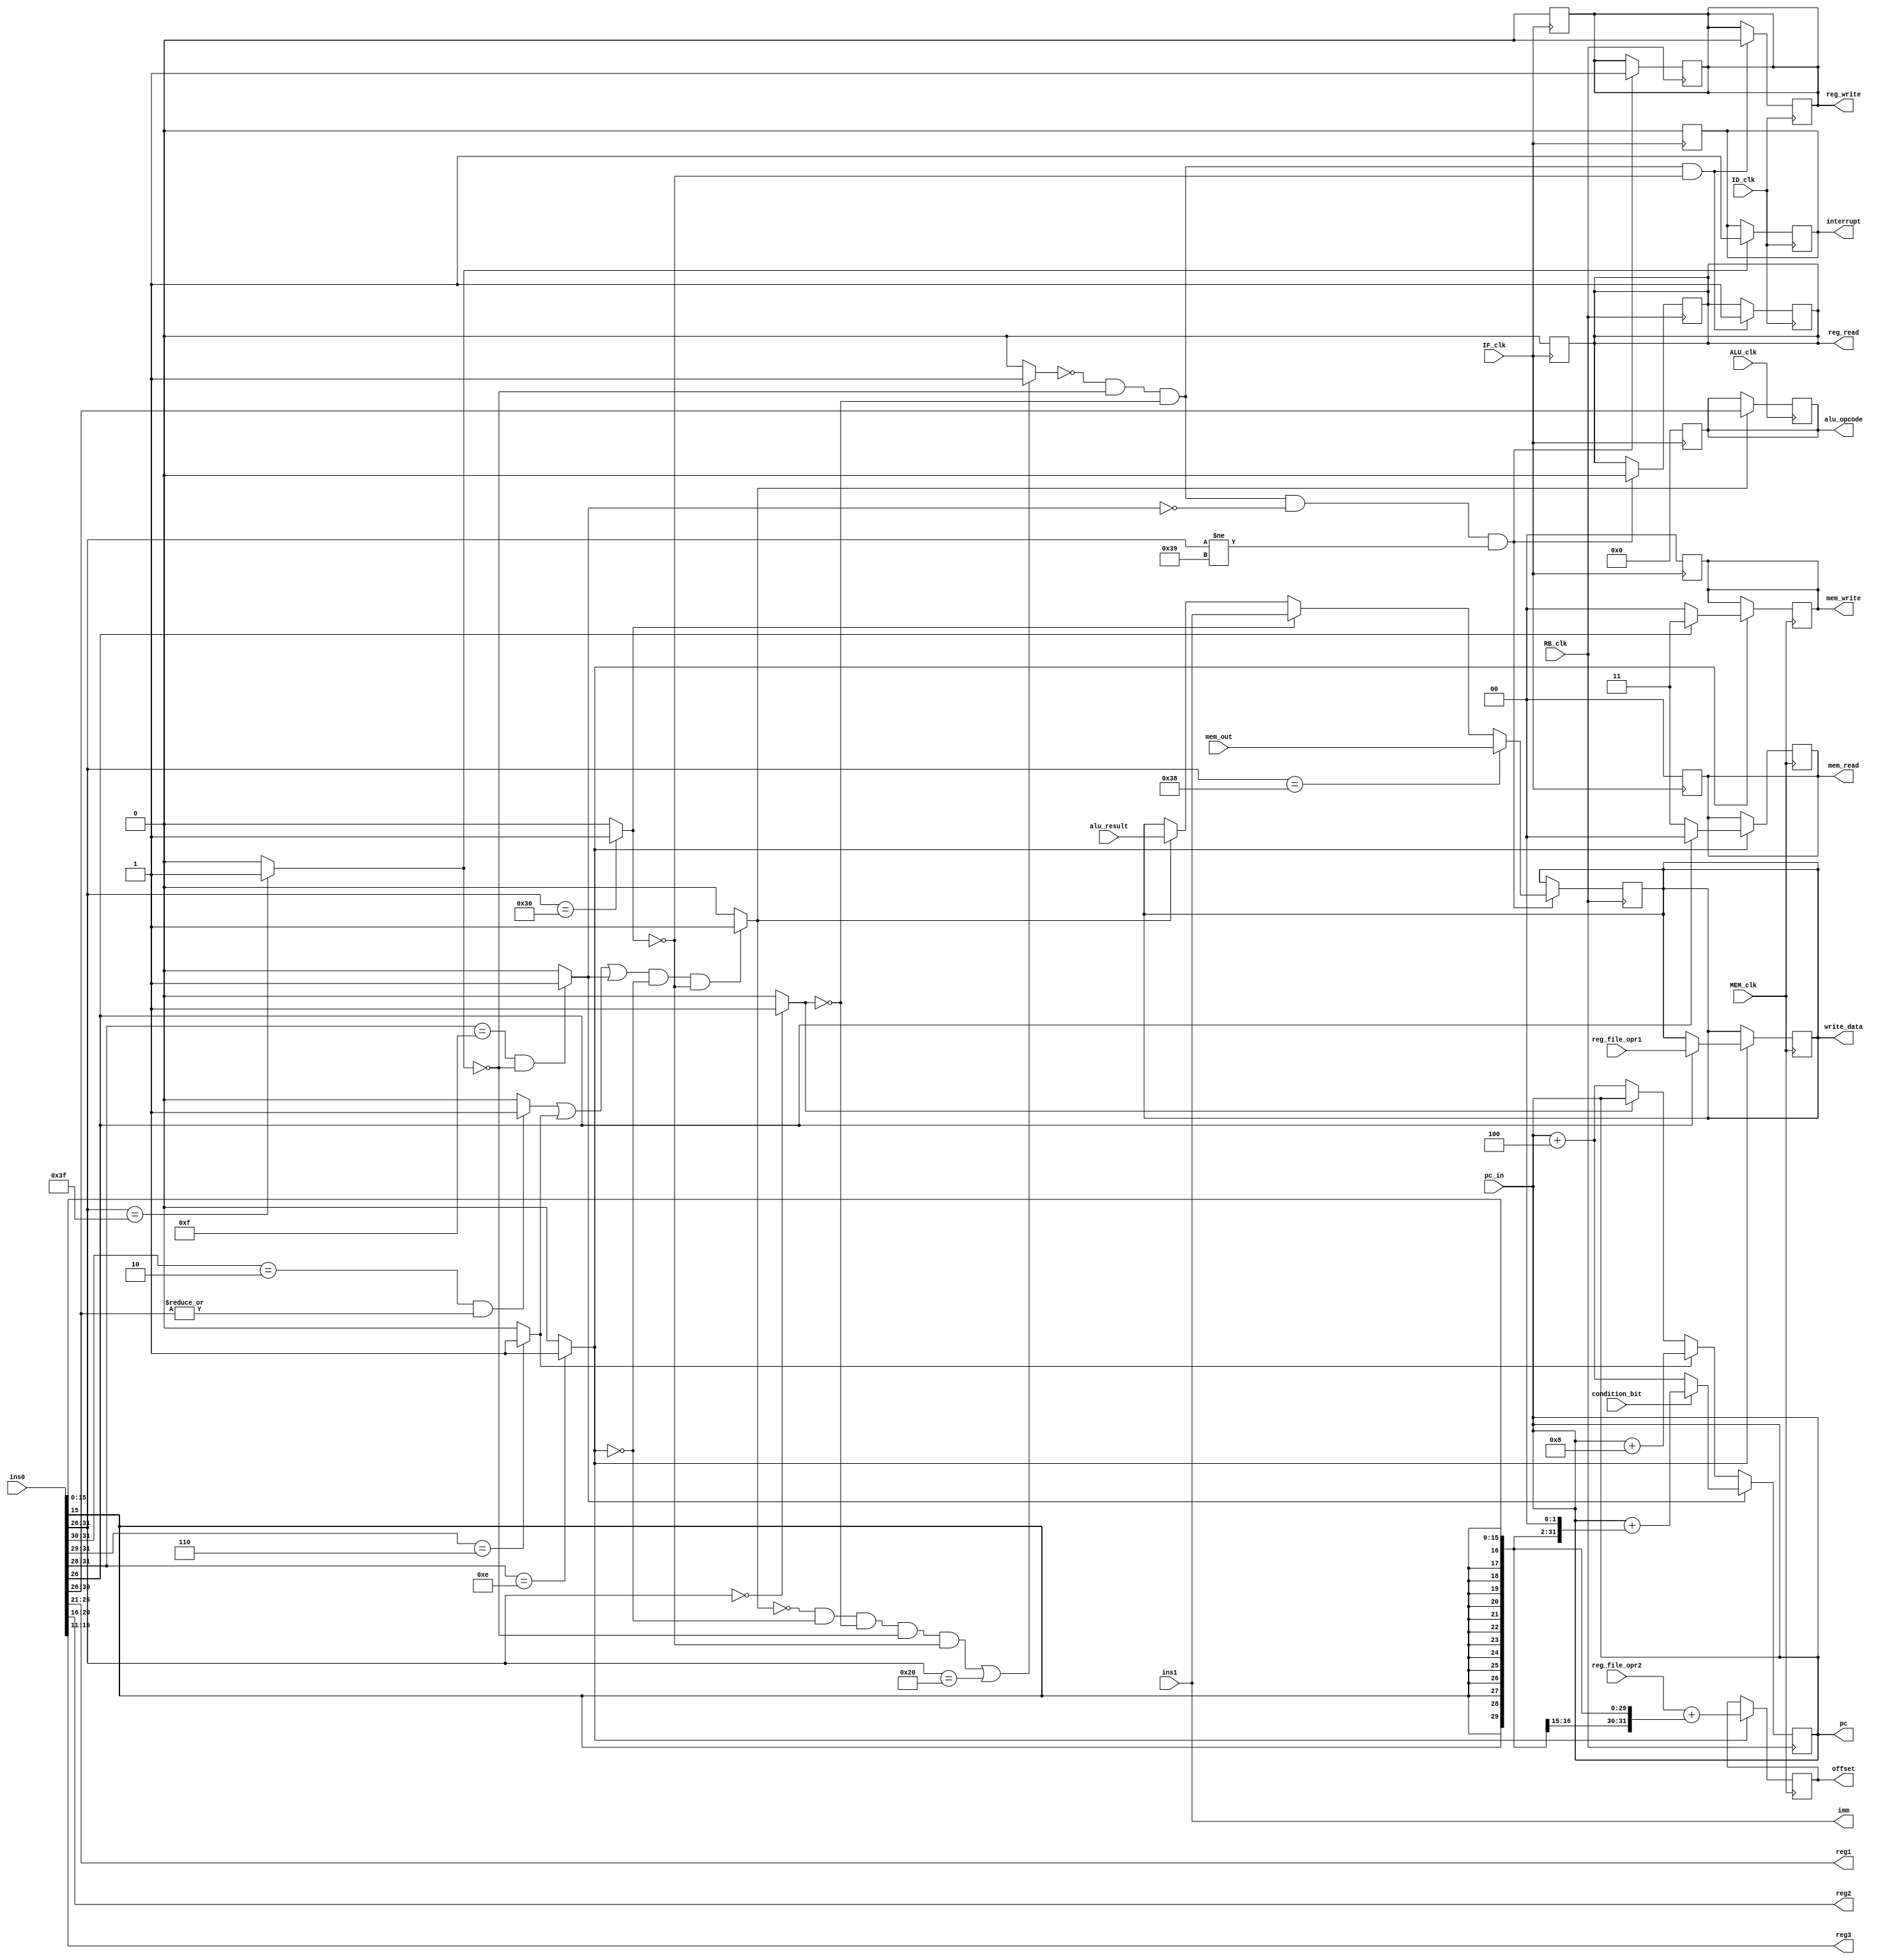
module fpu_CU (interrupt, pc, ins0, ins1, alu_result, condition_bit, mem_out, reg_file_opr1, reg_file_opr2, pc_in, offset, mem_read, mem_write, alu_opcode, reg1, reg2, reg3, reg_read, reg_write, write_data, IF_clk, ID_clk, ALU_clk, MEM_clk, RB_clk, imm);

  input condition_bit, IF_clk, ID_clk, ALU_clk, MEM_clk, RB_clk;
  input [31:0] ins0, ins1, alu_result, reg_file_opr1, reg_file_opr2, mem_out, pc_in;
  output reg_write, reg_read, interrupt;
  output [1:0] mem_write, mem_read;
  output [4:0] alu_opcode;
  output [4:0] reg1, reg2, reg3;
  output [31:0] write_data, offset, imm, pc;
  reg reg_write, reg_read, interrupt;
  reg [1:0] mem_write, mem_read;
  reg [31:0] write_data, offset, pc;
  reg [4:0] alu_opcode;

  // instruction decoding
  wire [5:0] opcode = ins0[31:26];
  wire [4:0] reg1 = ins0[25:21];
  wire [4:0] reg2 = ins0[20:16];
  wire [4:0] reg3 = ins0[15:11];
  wire [31:0] addr = {{16{ins0[15]}}, ins0[15:0]};
  assign imm = ins1;

  // conditions
  wire MFC = (opcode == 6'b111111) ? 1'b1 : 1'b0;
  wire HLT = (opcode == 6'b0) ? 1'b1 : 1'b0;
  wire REG = (opcode[5:4] == 2'b10 && (|opcode[4:0])) ? 1'b1 : 1'b0;
  wire IMM = (opcode[5:3] == 3'b110) ? 1'b1 : 1'b0;
  wire LOAD_IMM = (opcode == 6'b110000) ? 1'b1 : 1'b0;
  wire BRANCH = (opcode[5:2] == 4'b1111 && !MFC) ? 1'b1 : 1'b0;
  wire MEMORY = (opcode[5:2] == 4'b1110) ? 1'b1 : 1'b0;
  wire ALU = ((REG || IMM || BRANCH) && !MEMORY && !LOAD_IMM) ? 1'b1 : 1'b0;
  wire INVALID = (!ALU && !MEMORY && !HLT && !MFC && !LOAD_IMM || opcode == 6'b100000) ? 1'b1 : 1'b0;

  always @ (pc_in) begin
    pc = pc_in;
  end

  //test
  always @ (ins0 or ins1) begin
    $display($time, " opcode=%b reg1=%d reg2=%d reg3=%d addr=%d imm=%b", opcode, reg1, reg2, reg3, addr, imm);
  end

  always @ (posedge IF_clk) begin
    reg_write = 1'b0;
    reg_read = 1'b0;
    mem_read = 2'b0;
    mem_write = 2'b0;
    alu_opcode = 5'b0;
    interrupt = 1'b0;

      //test
      $display($time, " fpu IF");
  end

  always @ (posedge ID_clk) begin
    if (MFC) begin
      interrupt = 1'b1;
    end
    if (!INVALID && !MFC && !HLT && !LOAD_IMM) begin
      reg_read = 1'b1;
      reg_write = 1'b0;
    end

    //test
    $display($time, " fpu ID : reg read = %b interrupt = %b", reg_read, interrupt);
  end

  always @ (posedge ALU_clk) begin
    if (ALU) begin
      alu_opcode = opcode[4:0];
    end

    //test
    $display($time, " fpu ALU : alu opcode = %b", alu_opcode);
  end

  always @ (posedge MEM_clk) begin
    if (MEMORY) begin // memory instructions
      if (opcode[0]==1'b0) begin // read
        offset = reg_file_opr2 + addr;
        mem_read = 2'b11;
        mem_write = 2'b00;
      end
      else if (opcode[0]==1'b1) begin // write
        offset = reg_file_opr2 + addr;
        write_data = reg_file_opr1;
        mem_read = 2'b00;
        mem_write = 2'b11;
      end
    end

    //test
    $display($time, " fpu MEM : mem read = %b  mem write = %b", mem_read, mem_write);
  end

  always @ (posedge RB_clk) begin
    if (!INVALID && !MFC && !HLT && !BRANCH && opcode != 6'b111001) begin
      reg_write = 1'b1;
      reg_read = 1'b0;
      if (ALU) begin // writing register file
        write_data = alu_result;
      end
      if (LOAD_IMM) begin
        write_data = imm;
      end
      if (opcode == 6'b111000) begin
        write_data = mem_out;
      end
    end

    if (BRANCH) begin // branch handling
      pc = (condition_bit) ? pc + {addr[29:0], 2'b00} : pc + 4;
    end else if (IMM) begin
      pc = pc + 8;
    end else if (!HLT) begin
      pc = pc + 4;
    end

    //test
    $display($time, " fpu RB : reg write = %b", reg_write);
    $display($time, " fpu RB : next_pc = %d", pc);
  end

endmodule